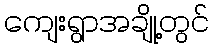
ကျေးရွာအချို့တွင်